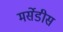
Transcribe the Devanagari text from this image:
मर्सेडीस